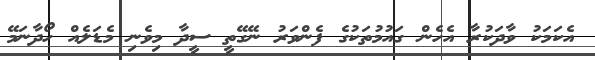
އެކަމަކު ވާދަކުރާ އެހެން ގައުމުތަކުގެ ފެންވަރު ނޭގޭތީ ސީދާ މިވެނި މެޑަލެއް ހޯދާނަމޭ